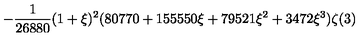
\displaystyle - \frac { 1 } { 2 6 8 8 0 } ( 1 + \xi ) ^ { 2 } ( 8 0 7 7 0 + 1 5 5 5 5 0 \xi + 7 9 5 2 1 \xi ^ { 2 } + 3 4 7 2 \xi ^ { 3 } ) \zeta ( 3 )